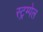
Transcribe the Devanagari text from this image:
स्ट्रम्पेल